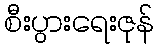
စီးပွားရေးဇုန်